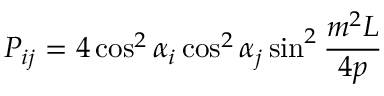
P _ { i j } = 4 \cos ^ { 2 } \alpha _ { i } \cos ^ { 2 } \alpha _ { j } \sin ^ { 2 } \frac { m ^ { 2 } L } { 4 p }